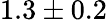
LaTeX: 1.3\pm 0.2